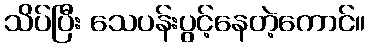
သိပ်ပြီး သေပန်းပွင့်နေတဲ့ကောင်။